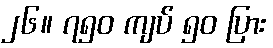
၂၆။ ၇၅၀ ကျပ် ၅၀ ပြား